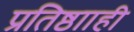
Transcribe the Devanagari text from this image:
प्रतिष्ठााही